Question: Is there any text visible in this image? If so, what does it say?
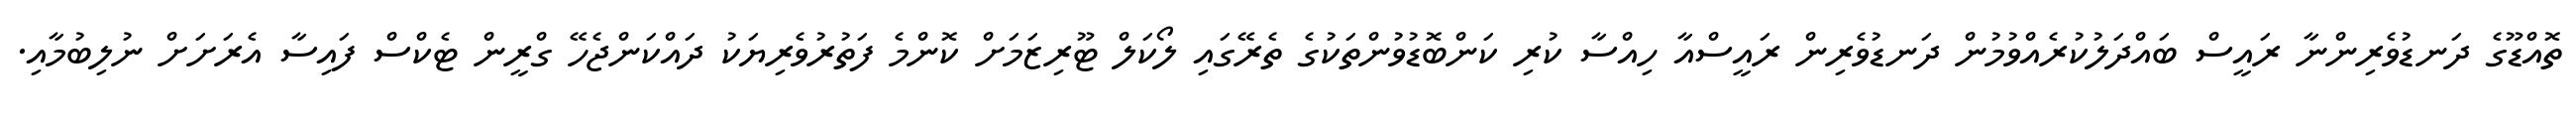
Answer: ތޮއްޑޫގެ ދަނޑުވެރިންނާ ރައީސް ބައްދަލުކުރެއްވުމުން ދަނޑުވެރިން ރައީސްއާ ހިއްސާ ކުރި ކަންބޮޑުވުންތަކުގެ ތެރޭގައި ލޯކަލް ޓޫރިޒަމަށް ކޮންމެ ފަތުރުވެރިޔަކު ދައްކަންޖެހޭ ގްރީން ޓެކްސް ފައިސާ އެރަށަށް ނުލިބުމާއި.